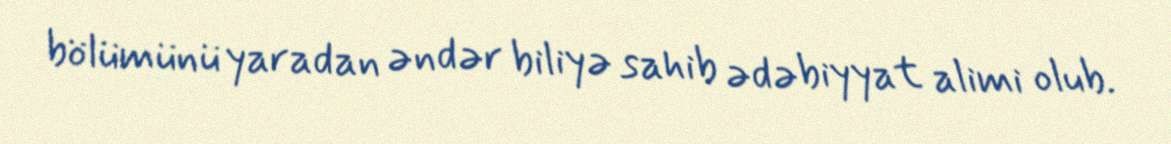
bölümünü yaradan əndər biliyə sahib ədəbiyyat alimi olub.